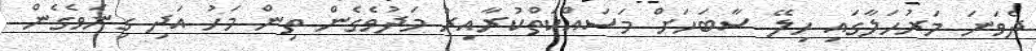
ދެވަނަ މަރުހަލާގައި ހިލޭ ސާބަހަށް މަސައްކަތްކުރާއިރު މަދުވެގެން ތިން މަހު އަދި ގިނަވެގެން